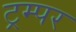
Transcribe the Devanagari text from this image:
ट्रम्पर